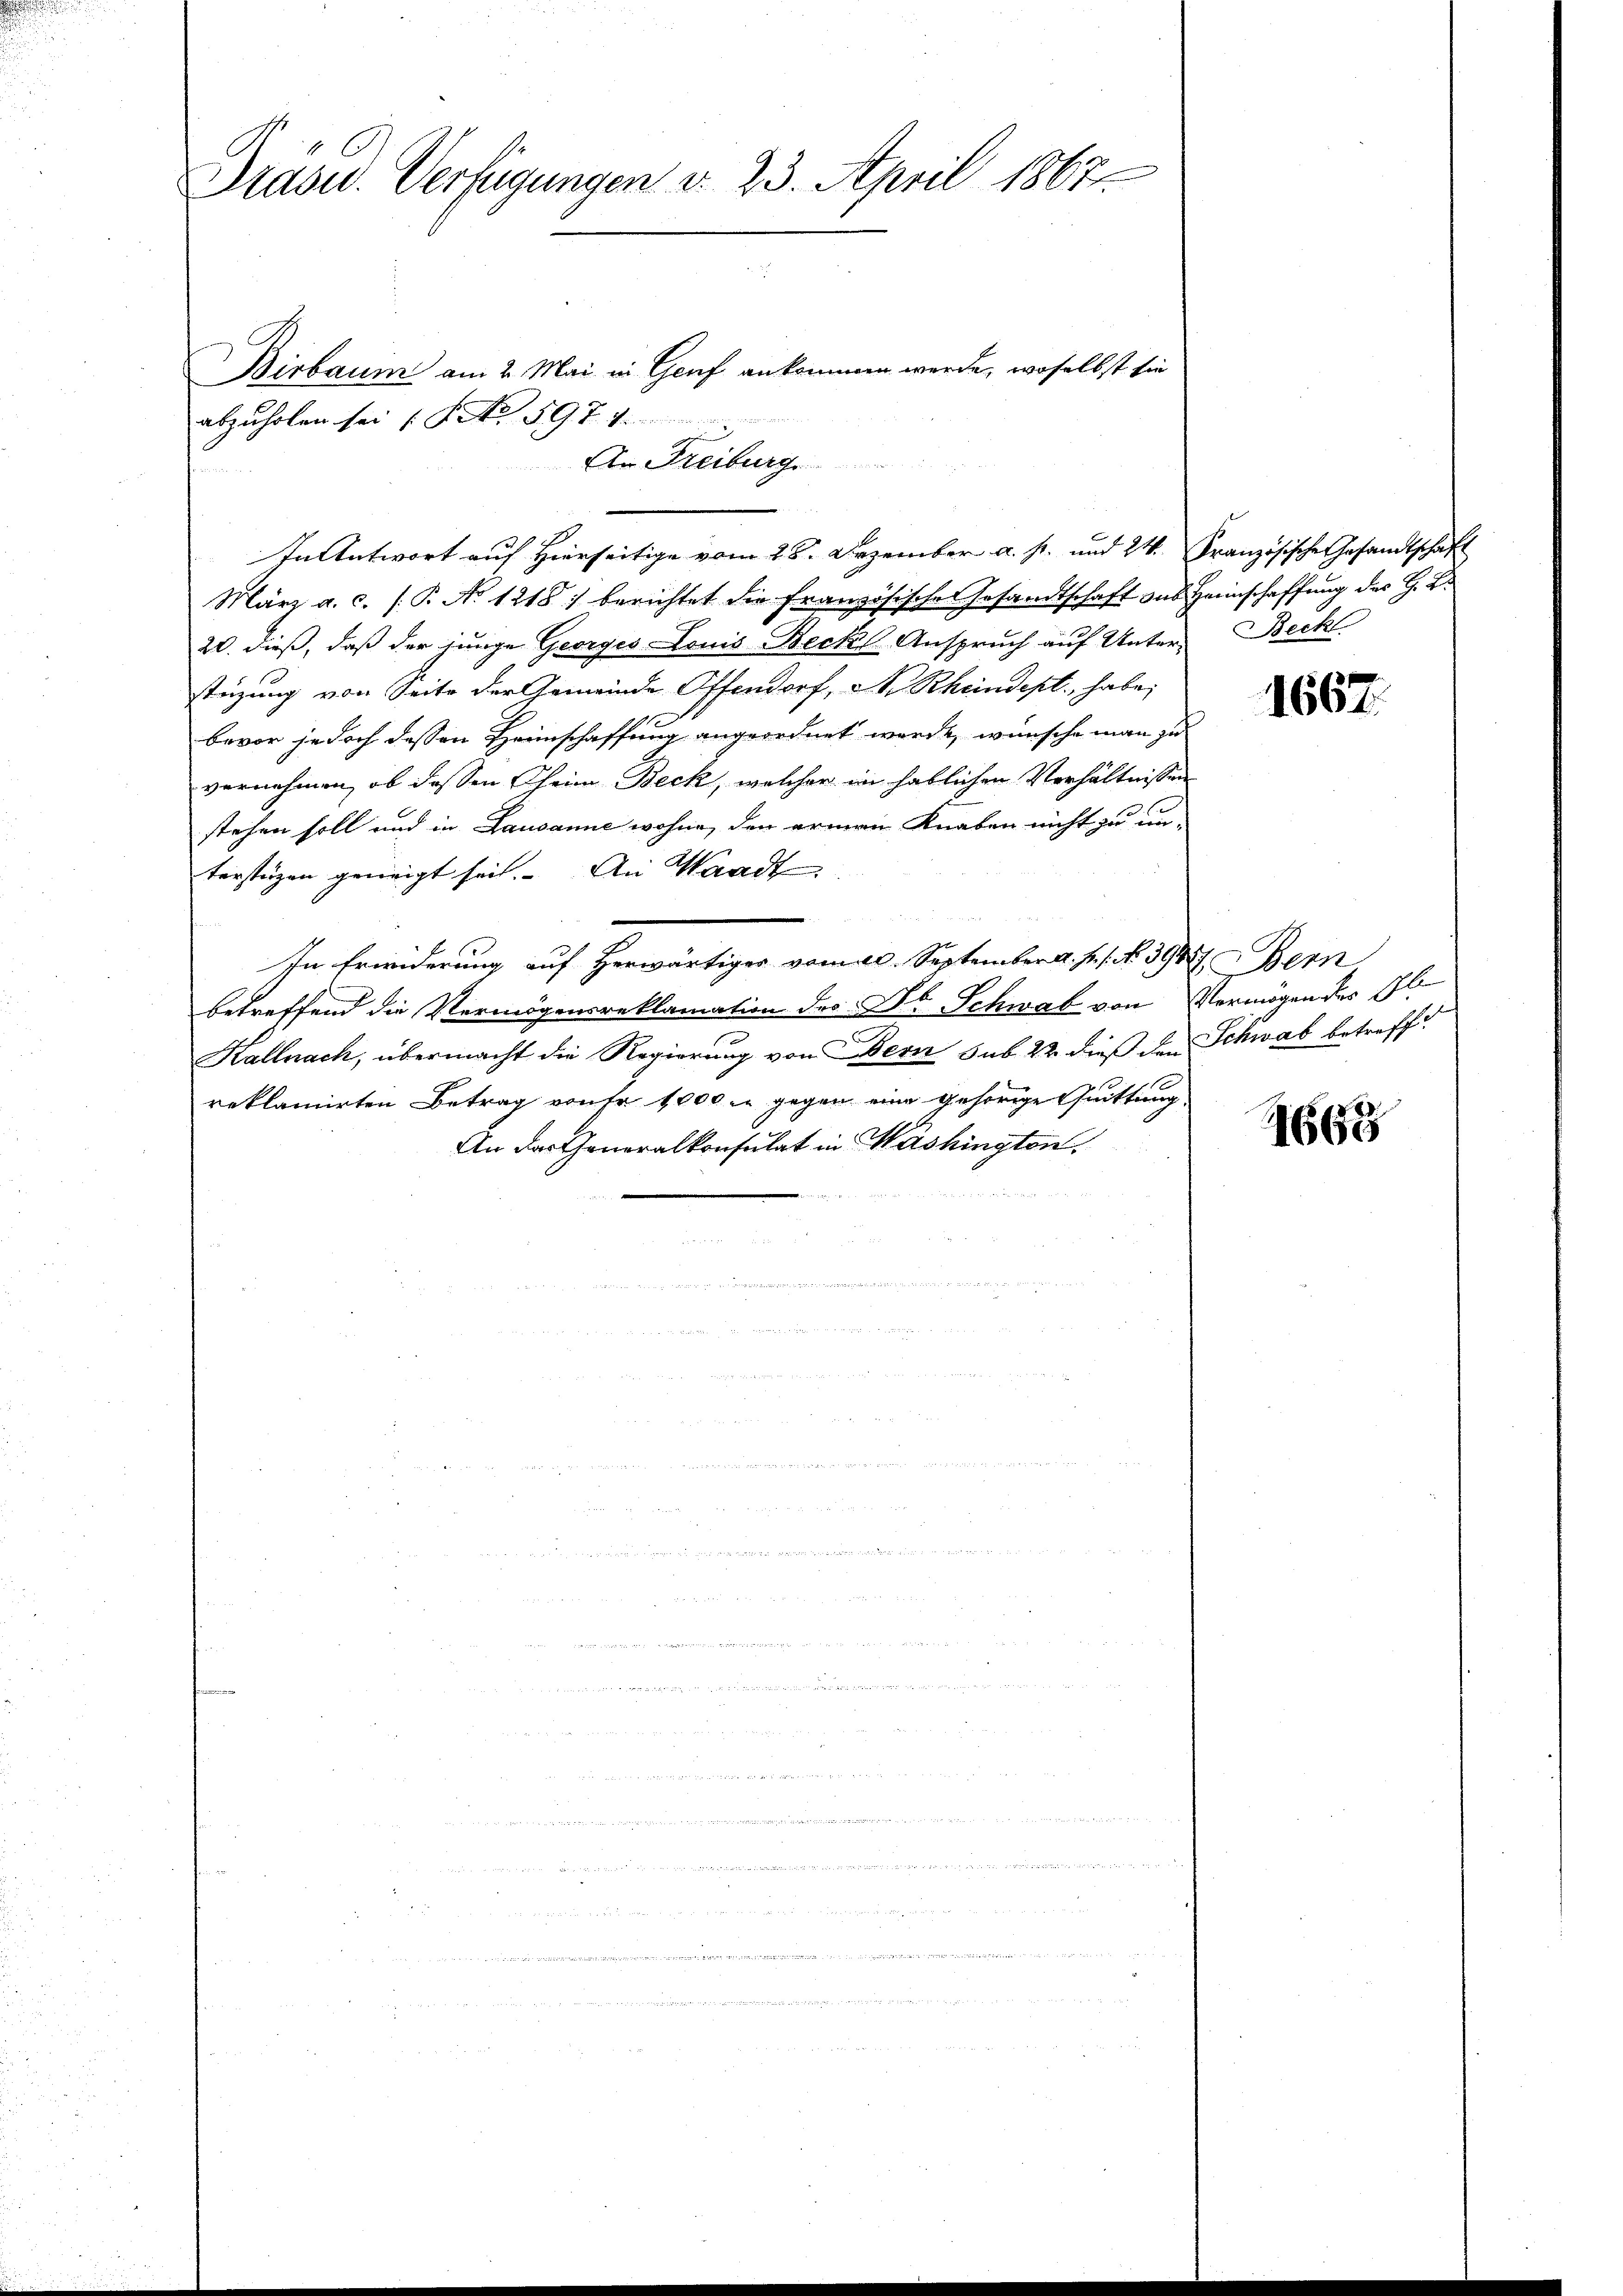
Birbaum am 2. Mai in Genf ankommen werde, woselbst sie
abzuholen sei No 597. 4
Ar Freiburg
März a. c. (T. No 1218 : berichtet die französische Gesandtschaft sus Heimschaffung des H. B.
20. dieß, daß der junge Georges Louis Beckl Anspruch auf Unter-
stüzung von Seite der Gemeinde Offendorf, N. Rheindept habe,
bevor jedoch dessen Heimschaffung angeordnet werde, wünsche man zu
vernehmen, ob dessen Theim Beck, welcher in hablichen Verhältnissen
stehen soll und in Lausanne wohne, den armen Knaben nicht zu un-
tersteigen geneigt sei. An Waadt
In Erwiderung auf Herwärtiger vom 20. September a. p. 1. No. 3944. Bern
betreffend die Vermögensreklamation des Dr Schwab von Vermögen der Gl
Kallnach, übermacht die Regierung von Bern sub 22 dieß den Schwab betreff
reklamirten Betrag von Fr. 1000 m gegen eine gehörige Quittung.
An der Generalkonsulat in Washington.

Präsid. Verfügungen d. 23. April 1867

In Antwort auf Hierseitige vom 28. Dezember a. p. und 24. Französische Gesandtschaft

Beck

1667.

1668